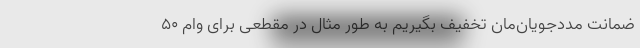
ضمانت مددجویان‌مان تخفیف بگیریم به طور مثال در مقطعی برای وام ۵۰